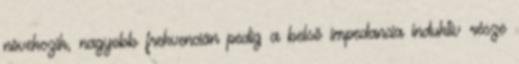
növekszik, nagyobb frekvencián pedig a belsõ impedancia induktív része